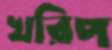
খরিপ